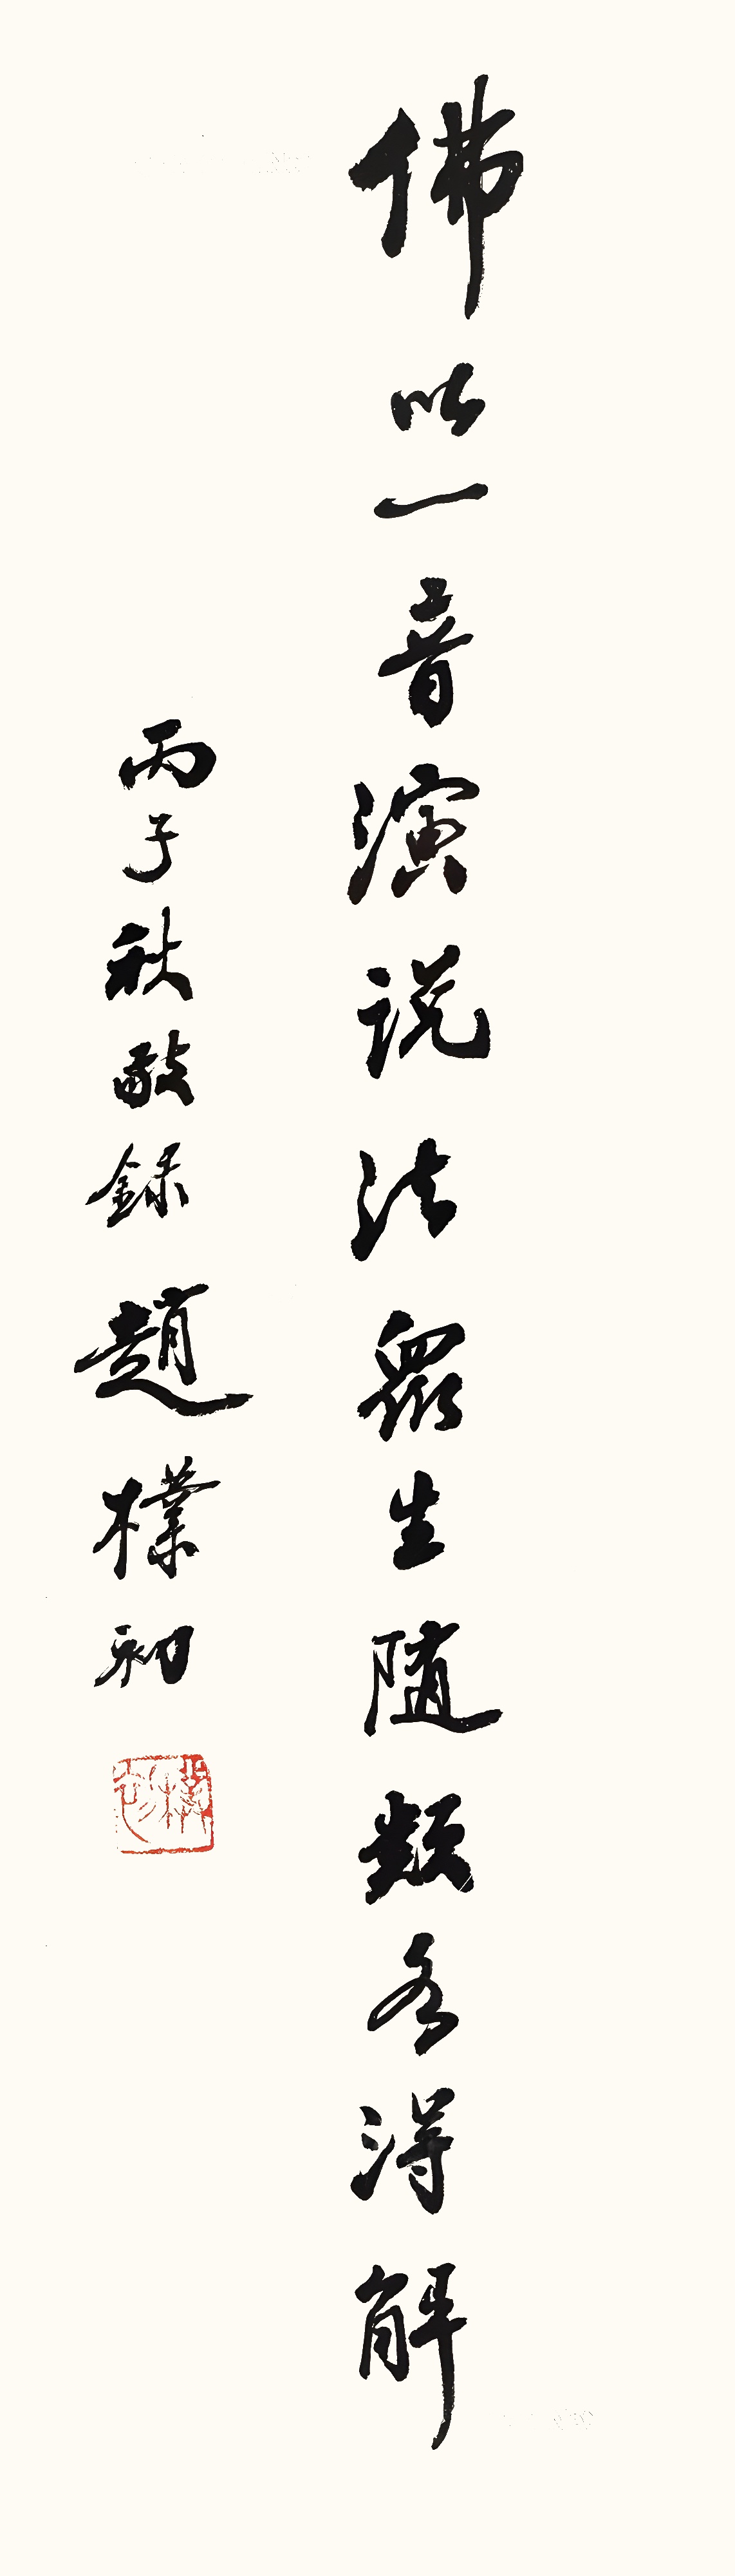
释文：佛以一音演说法，众生随类各得解。丙子秋敬录，赵朴初。